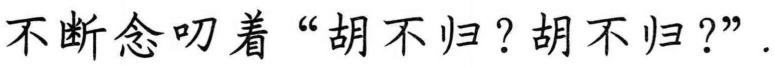
不断念叨着“胡不归？胡不归？”.